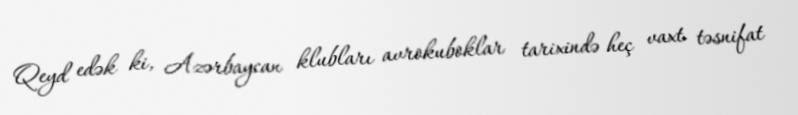
Qeyd edək ki, Azərbaycan klubları avrokuboklar tarixində heç vaxt təsnifat